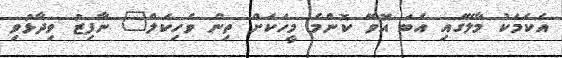
އެކަމަކު މާލޭގައި އެބަ އޮވޭ ކޮންމެ މީހަކަށް ތިން ވެހިކަލް" ނާފިޒު ވިދާޅުވި